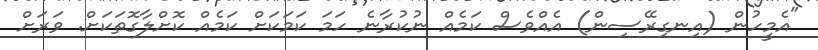
"އެމީހުން (އިނގިރޭސިން) އެއްވެސް ކަމެއް ނުކުރާނެ ހަމަ ކަމަކަށް ކަމެއް ކޮށްލާގޮތަކަށް. ވަރަށް